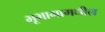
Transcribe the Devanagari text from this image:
भूभागामधील